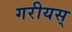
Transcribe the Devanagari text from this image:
गरीयस्‌